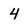
Character: 4